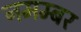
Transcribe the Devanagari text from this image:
नमम्बर